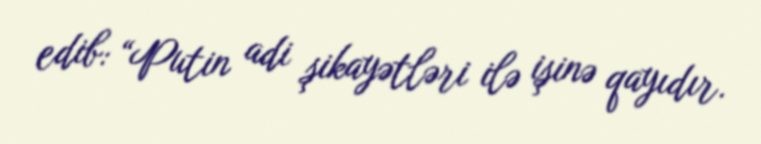
edib: “Putin adi şikayətləri ilə işinə qayıdır.